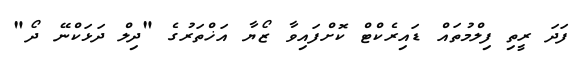
ފަދަ ރީތި ފިލްމުތައް ޑައިރެކްޓް ކޮށްފައިވާ ޒޯޔާ އަޚްތަރުގެ "ދިލް ދަޅަކްނޭ ދޯ"